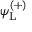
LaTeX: \psi _ { \mathrm { { L } } } ^ { ( + ) }